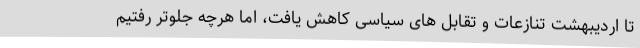
تا اردیبهشت تنازعات و تقابل های سیاسی کاهش یافت، اما هرچه جلوتر رفتیم